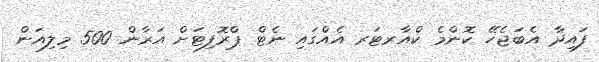
ފައިދާ އެބަޖެހޭ ކޮންމެ ކްއާރޓަރ އެއްގައި ނެޓް ޕްރޮފިޓަށް އަރާން 500 މިލިއަން